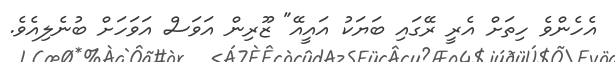
އެހެންވެ ހިތަށް އެރީ ރޭގައި ބަޔަކު އައީއޭ" ޒޫރިން އަވަސް އަވަހަށް ބުނެލިއެވެ.